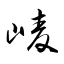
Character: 崚